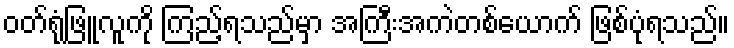
ဝတ်ရုံဖြူလူကို ကြည့်ရသည်မှာ အကြီးအကဲတစ်ယောက် ဖြစ်ပုံရသည်။